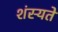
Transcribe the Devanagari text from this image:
शंस्यते